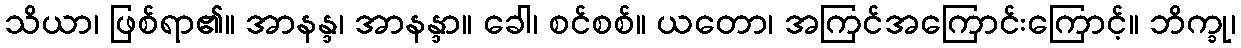
သိယာ၊ ဖြစ်ရာ၏။ အာနန္ဒ၊ အာနန္ဒာ။ ခေါ၊ စင်စစ်။ ယတော၊ အကြင်အကြောင်းကြောင့်။ ဘိက္ခု၊